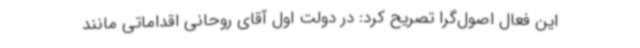
این فعال اصول‌گرا تصریح کرد: در دولت اول آقای روحانی اقداماتی مانند